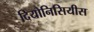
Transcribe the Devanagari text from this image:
दियोनिसियीस